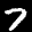
Label: 7